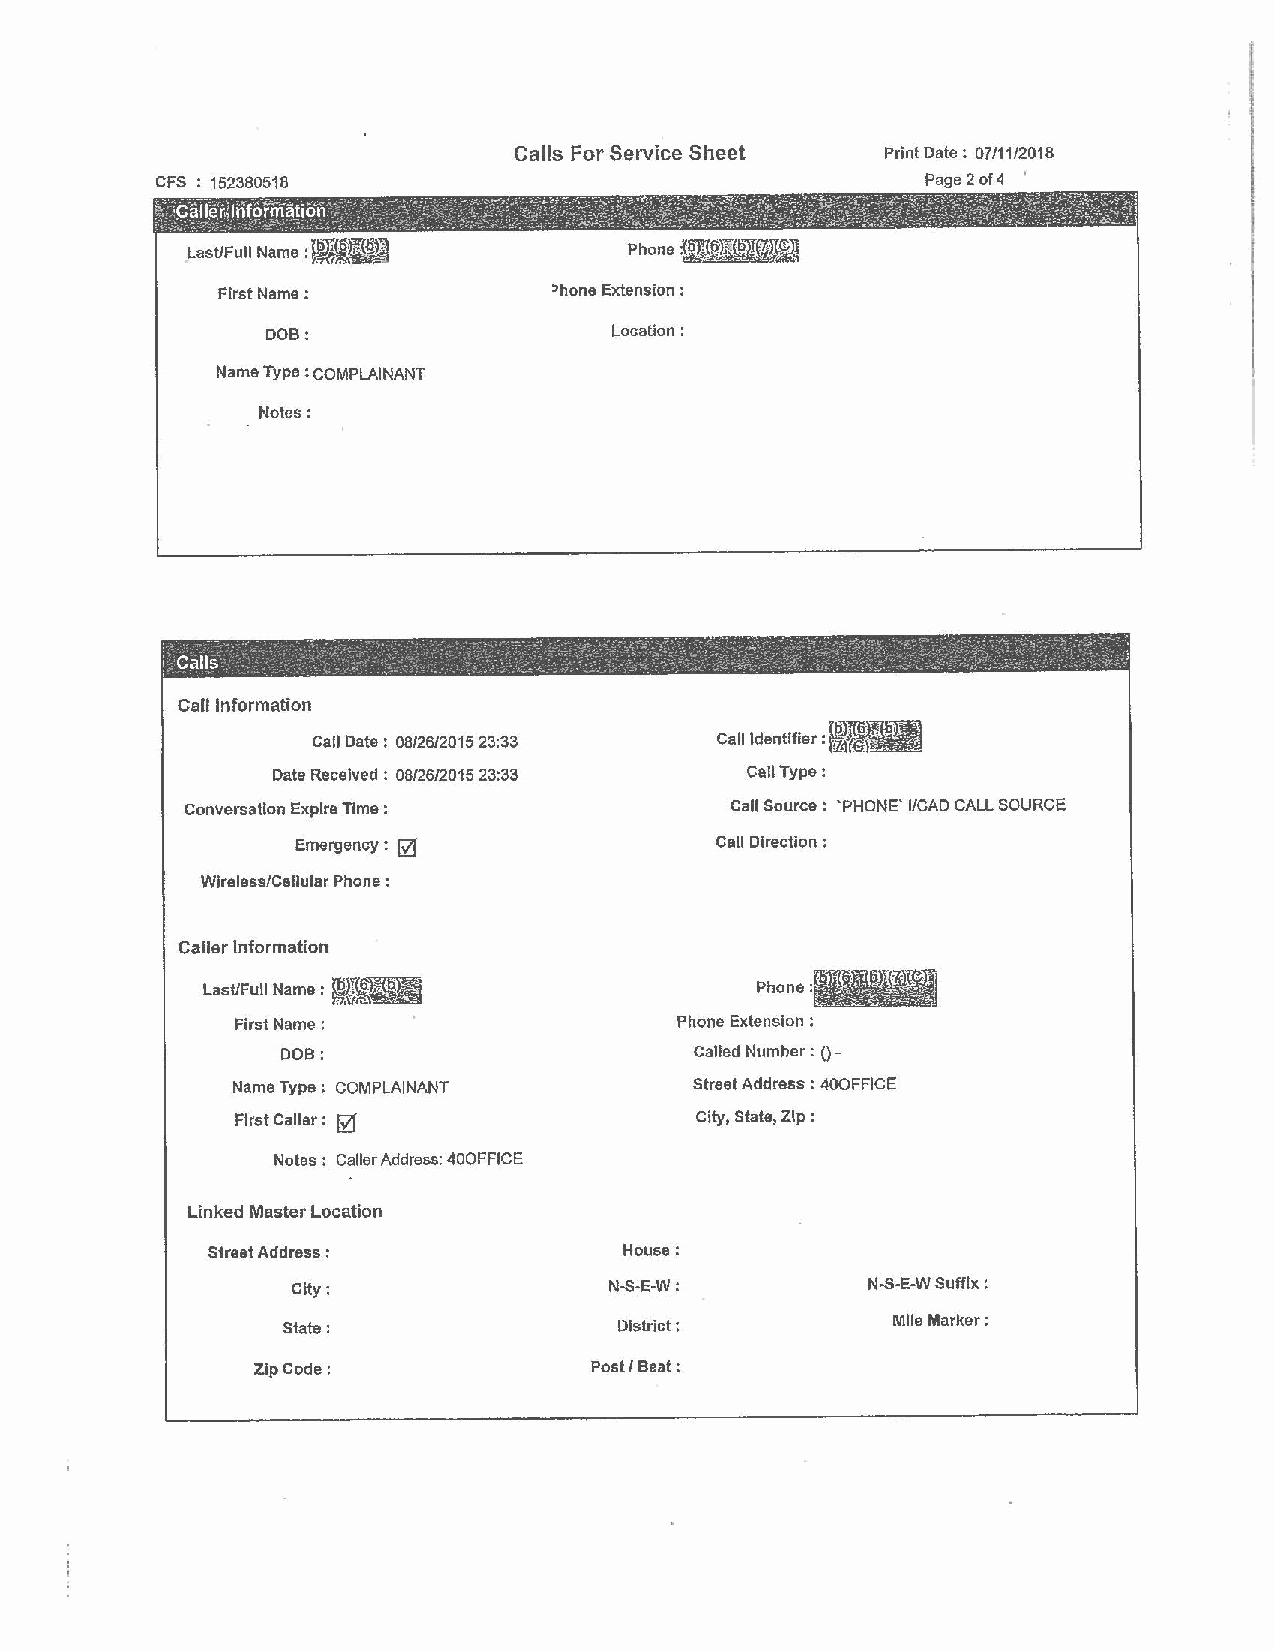
Calls For Service Sheet Print Date : 07/11/2018
 CFS 152380518                                      Page2of4 '
 Last/Full Name : Yhl!{6i;HJD~ Phone:-
 ~?"~~
 First Name:            ~hone Extension :
 DOB:                  Location:
 Name Type : COMPLAINANT
 Notes:
 : Call~   .      .     .    ·    - . . ·. . . ,      .     . . -. :
 .           --      . -           .      , ~ -
 Call Information
 Call Date: 08/26/2015 23:33 Call Identifier:
 Date Received : 08/26/2015 23:33 Call Type:
 Conversation Expire Time :          Call Source: 'PHONE' I/CAD CALL SOURCE
 Emergency : @              Call Direction :
 Wlreless/Cellular Phone :
 Caller Information
 Last/Full Name : {fi)If~             Phone
 f~~~
 First Name:                  Phone Extension :
 DOB:                       Called Number : () -
 Name Type : COMPLAINANT        Street Address : 400FFICE
 First Caller: [i1             City, State, Zlp:
 Notes : Caller Address: 400FFICE
 Linked Master Location
 Street Address :           House:
 City:                N-S-E-W:         N.S-E-W Suffix :
 Mlle Marker:
 State:                District:
 Zip Code:             Post/ Beat: